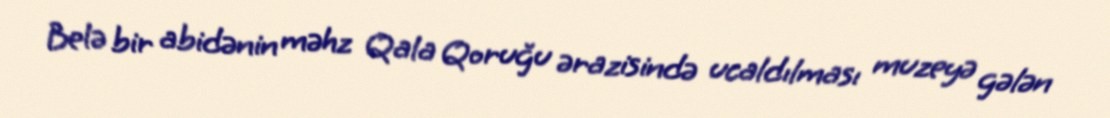
Belə bir abidənin məhz Qala Qoruğu ərazisində ucaldılması muzeyə gələn